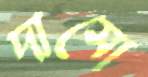
দাসো